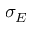
\sigma _ { E }